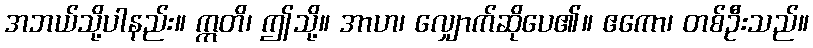
အဘယ်သို့ပါနည်း။ ဣတိ၊ ဤသို့။ အာဟ၊ လျှောက်ဆိုပေ၏။ ဧကော၊ တစ်ဦးသည်။